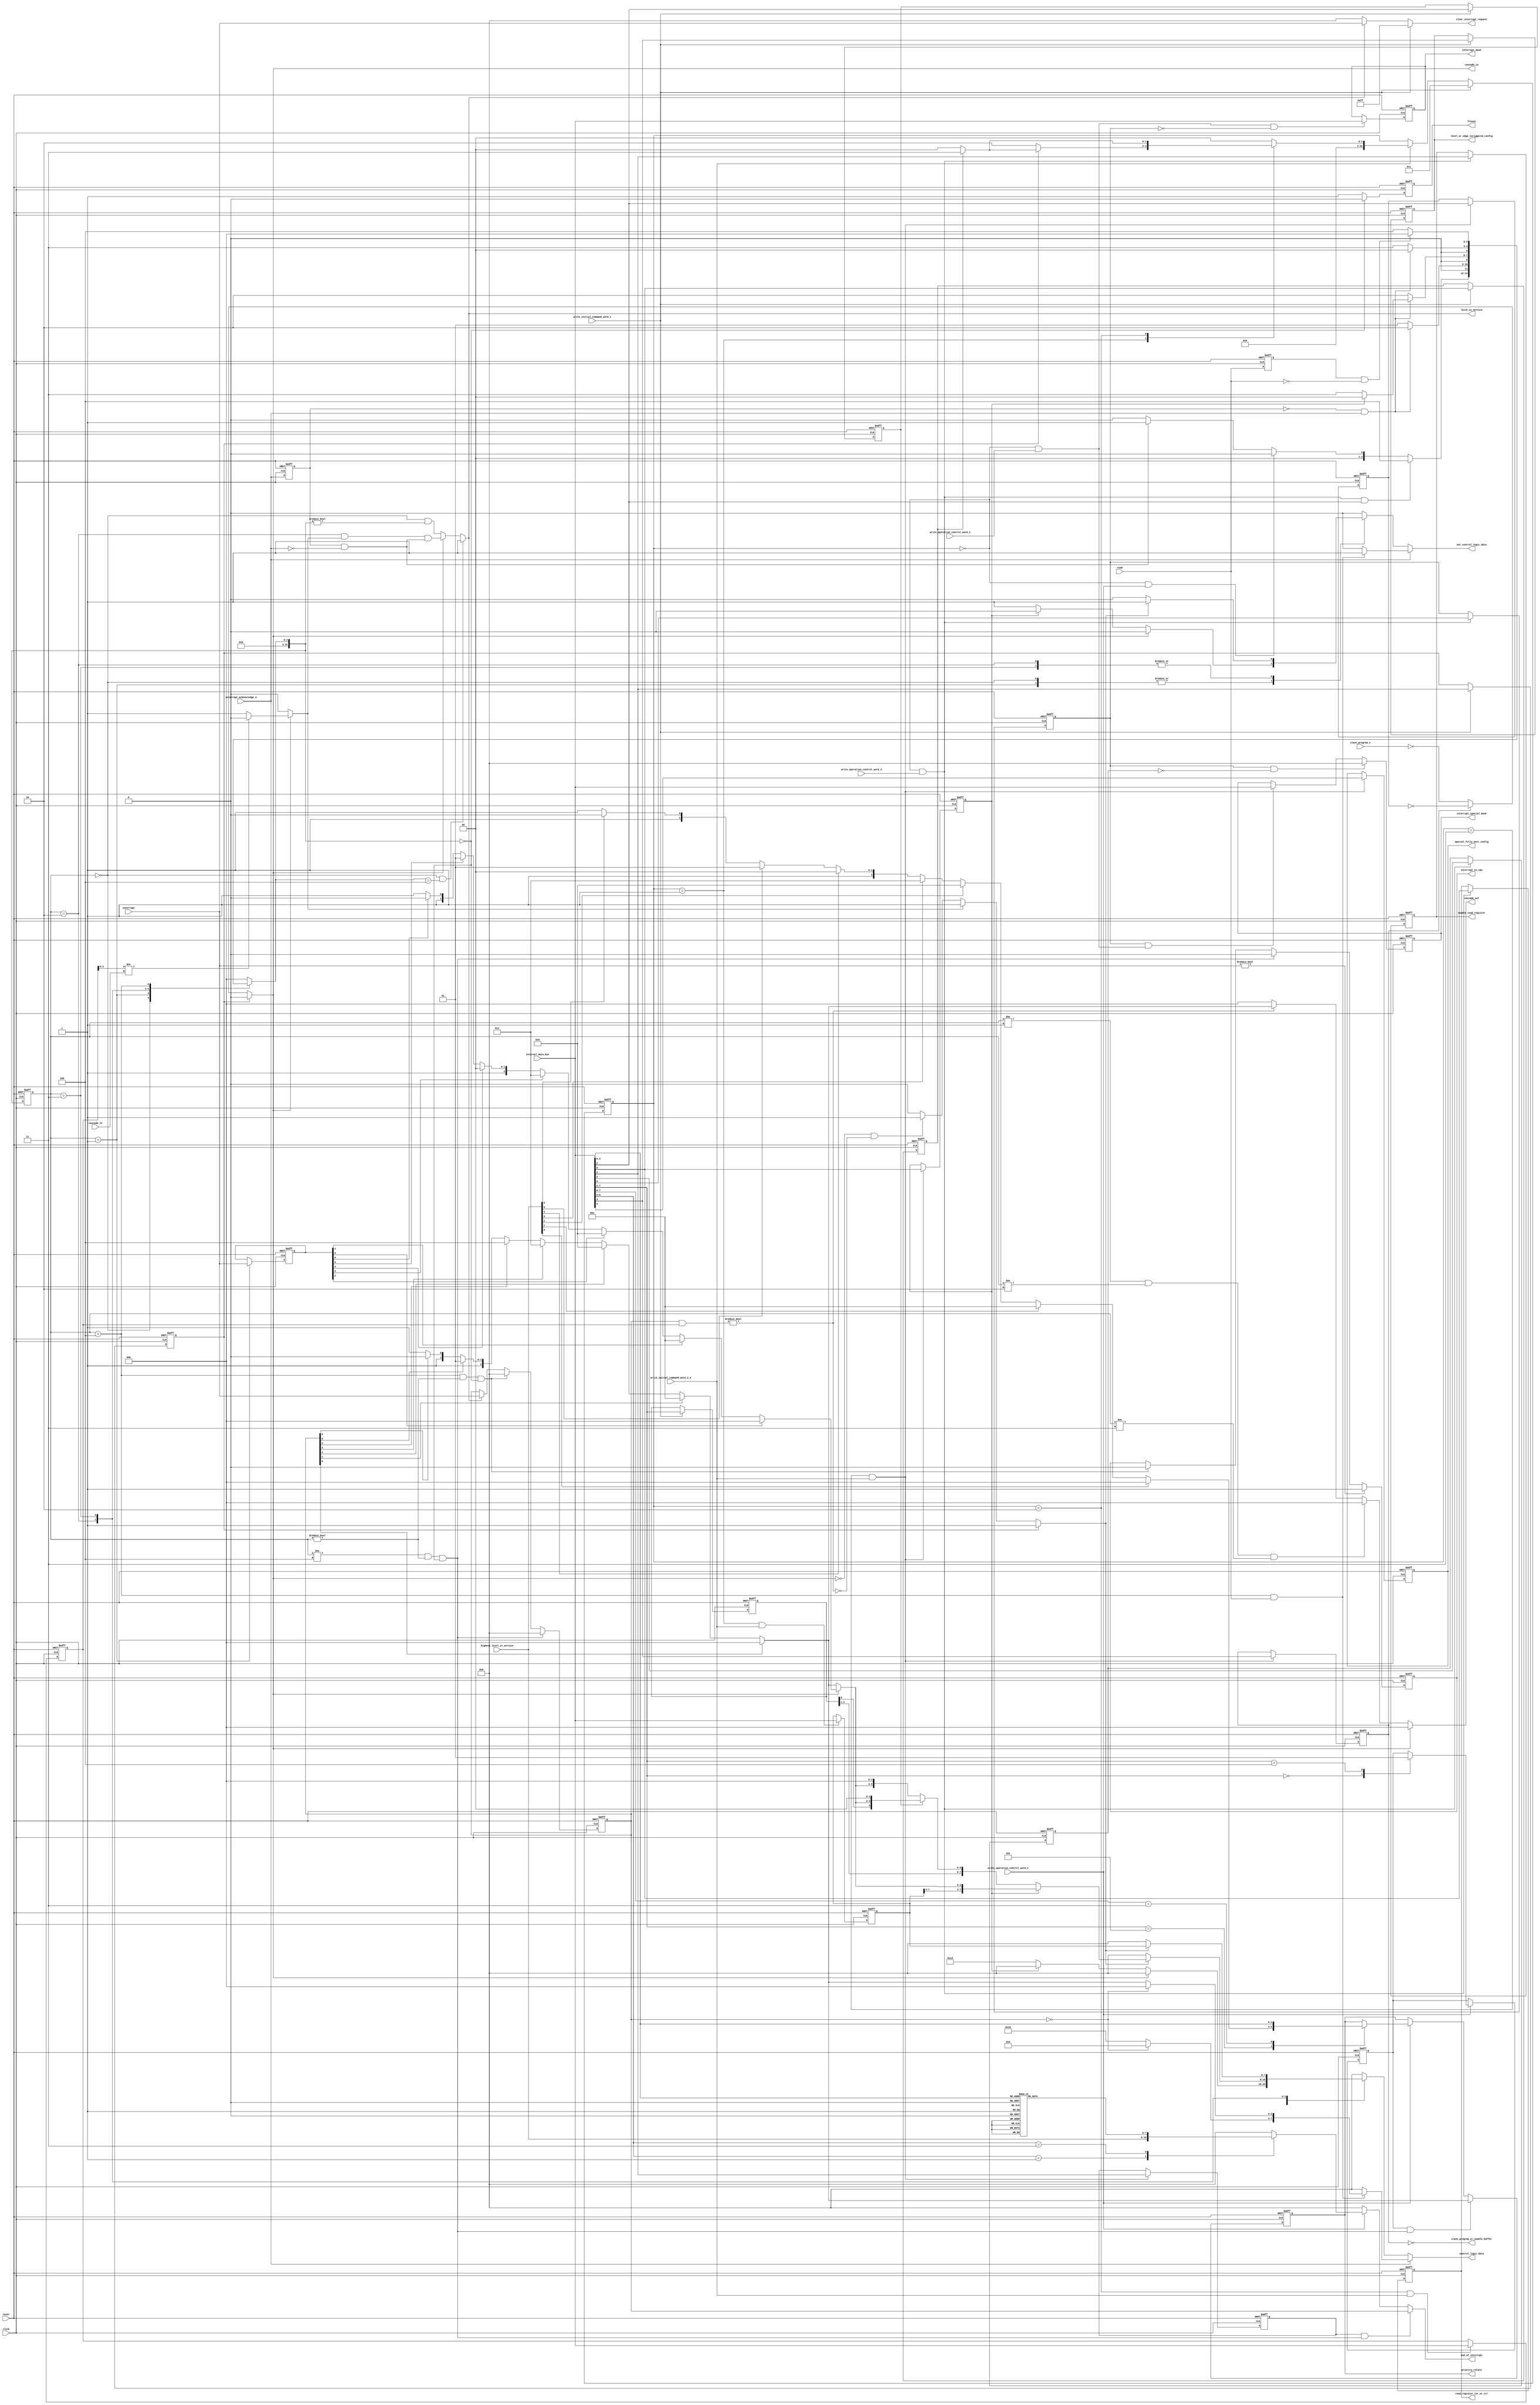
`default_nettype none

module KF8259_Control_Logic (
	input		wire					clock,
	input		wire					reset,
	input		wire	[2:0]			cascade_in,
	output	reg	[2:0]			cascade_out,
	output	wire					cascade_io,
	input		wire					slave_program_n,
	output	wire					slave_program_or_enable_buffer,
	input		wire					interrupt_acknowledge_n,
	output	reg					interrupt_to_cpu,
	input		wire	[7:0]			internal_data_bus,
	input		wire					write_initial_command_word_1,
	input		wire					write_initial_command_word_2_4,
	input		wire					write_operation_control_word_1,
	input		wire					write_operation_control_word_2,
	input		wire					write_operation_control_word_3,
	input		wire					read,
	output	reg					out_control_logic_data,
	output	reg	[7:0]			control_logic_data,
	output	reg					level_or_edge_toriggered_config,
	output	reg					special_fully_nest_config,
	output	reg					enable_read_register,
	output	reg					read_register_isr_or_irr,
	input		wire	[7:0]			interrupt,
	input		wire	[7:0]			highest_level_in_service,
	output	reg	[7:0]			interrupt_mask,
	output	reg	[7:0]			interrupt_special_mask,
	output	reg	[7:0]			end_of_interrupt,
	output	reg	[2:0]			priority_rotate,
	output	reg					freeze,
	output	reg					latch_in_service,
	output	reg	[7:0]			clear_interrupt_request
	);

	reg [10:0] interrupt_vector_address;
	reg call_address_interval_4_or_8_config;
	reg single_or_cascade_config;
	reg set_icw4_config;
	reg [7:0] cascade_device_config;
	reg buffered_mode_config;
	reg buffered_master_or_slave_config;
	reg auto_eoi_config;
	reg u8086_or_mcs80_config;
	reg special_mask_mode;
	reg enable_special_mask_mode;
	reg auto_rotate_mode;
	reg [7:0] acknowledge_interrupt;
	reg cascade_slave;
	reg cascade_slave_enable;
	reg cascade_output_ack_2_3;
	reg [31:0] command_state;
	reg [31:0] next_command_state;
	always @(*)
		if (write_initial_command_word_1 == 1'b1)
			next_command_state = 32'd1;
		else if (write_initial_command_word_2_4 == 1'b1)
			casez (command_state)
				32'd1:
					if (single_or_cascade_config == 1'b0)
						next_command_state = 32'd2;
					else if (set_icw4_config == 1'b1)
						next_command_state = 32'd3;
					else
						next_command_state = 32'd0;
				32'd2:
					if (set_icw4_config == 1'b1)
						next_command_state = 32'd3;
					else
						next_command_state = 32'd0;
				32'd3: next_command_state = 32'd0;
				default: next_command_state = 32'd0;
			endcase
		else
			next_command_state = command_state;
	always @(posedge clock or posedge reset)
		if (reset)
			command_state <= 32'd0;
		else
			command_state <= next_command_state;
	wire write_initial_command_word_2 = (command_state == 32'd1) & write_initial_command_word_2_4;
	wire write_initial_command_word_3 = (command_state == 32'd2) & write_initial_command_word_2_4;
	wire write_initial_command_word_4 = (command_state == 32'd3) & write_initial_command_word_2_4;
	wire write_operation_control_word_1_registers = (command_state == 32'd0) & write_operation_control_word_1;
	wire write_operation_control_word_2_registers = (command_state == 32'd0) & write_operation_control_word_2;
	wire write_operation_control_word_3_registers = (command_state == 32'd0) & write_operation_control_word_3;
	reg [31:0] next_control_state;
	reg [31:0] control_state;
	reg prev_interrupt_acknowledge_n;
	always @(posedge clock or posedge reset)
		if (reset)
			prev_interrupt_acknowledge_n <= 1'b1;
		else
			prev_interrupt_acknowledge_n <= interrupt_acknowledge_n;
	wire nedge_interrupt_acknowledge = prev_interrupt_acknowledge_n & ~interrupt_acknowledge_n;
	wire pedge_interrupt_acknowledge = ~prev_interrupt_acknowledge_n & interrupt_acknowledge_n;
	reg prev_read_signal;
	always @(posedge clock or posedge reset)
		if (reset)
			prev_read_signal <= 1'b0;
		else
			prev_read_signal <= read;
	wire nedge_read_signal = prev_read_signal & ~read;
	always @(*)
		casez (control_state)
			32'd0:
				if ((write_operation_control_word_3_registers == 1'b1) && (internal_data_bus[2] == 1'b1))
					next_control_state = 32'd4;
				else if (write_operation_control_word_2_registers == 1'b1)
					next_control_state = 32'd0;
				else if (nedge_interrupt_acknowledge == 1'b0)
					next_control_state = 32'd0;
				else
					next_control_state = 32'd1;
			32'd1:
				if (pedge_interrupt_acknowledge == 1'b0)
					next_control_state = 32'd1;
				else
					next_control_state = 32'd2;
			32'd2:
				if (pedge_interrupt_acknowledge == 1'b0)
					next_control_state = 32'd2;
				else if (u8086_or_mcs80_config == 1'b0)
					next_control_state = 32'd3;
				else
					next_control_state = 32'd0;
			32'd3:
				if (pedge_interrupt_acknowledge == 1'b0)
					next_control_state = 32'd3;
				else
					next_control_state = 32'd0;
			32'd4:
				if (nedge_read_signal == 1'b0)
					next_control_state = 32'd4;
				else
					next_control_state = 32'd0;
			default: next_control_state = 32'd0;
		endcase
	always @(posedge clock or posedge reset)
		if (reset)
			control_state <= 32'd0;
		else
			control_state <= next_control_state;
	always @(*)
		if ((control_state == 32'd0) && (next_control_state == 32'd4))
			latch_in_service = 1'b1;
		else if (cascade_slave == 1'b0)
			latch_in_service = (control_state == 32'd0) & (next_control_state != 32'd0);
		else
			latch_in_service = ((control_state == 32'd2) & (cascade_slave_enable == 1'b1)) & (nedge_interrupt_acknowledge == 1'b1);
	wire end_of_acknowledge_sequence = ((control_state != 32'd4) & (control_state != 32'd0)) & (next_control_state == 32'd0);
	wire end_of_poll_command = ((control_state == 32'd4) & (control_state != 32'd0)) & (next_control_state == 32'd0);
	always @(posedge clock or posedge reset)
		if (reset)
			interrupt_vector_address[2:0] <= 3'b000;
		else if (write_initial_command_word_1 == 1'b1)
			interrupt_vector_address[2:0] <= internal_data_bus[7:5];
		else
			interrupt_vector_address[2:0] <= interrupt_vector_address[2:0];
	always @(posedge clock or posedge reset)
		if (reset)
			level_or_edge_toriggered_config <= 1'b0;
		else if (write_initial_command_word_1 == 1'b1)
			level_or_edge_toriggered_config <= internal_data_bus[3];
		else
			level_or_edge_toriggered_config <= level_or_edge_toriggered_config;
	always @(posedge clock or posedge reset)
		if (reset)
			call_address_interval_4_or_8_config <= 1'b0;
		else if (write_initial_command_word_1 == 1'b1)
			call_address_interval_4_or_8_config <= internal_data_bus[2];
		else
			call_address_interval_4_or_8_config <= call_address_interval_4_or_8_config;
	always @(posedge clock or posedge reset)
		if (reset)
			single_or_cascade_config <= 1'b0;
		else if (write_initial_command_word_1 == 1'b1)
			single_or_cascade_config <= internal_data_bus[1];
		else
			single_or_cascade_config <= single_or_cascade_config;
	always @(posedge clock or posedge reset)
		if (reset)
			set_icw4_config <= 1'b0;
		else if (write_initial_command_word_1 == 1'b1)
			set_icw4_config <= internal_data_bus[0];
		else
			set_icw4_config <= set_icw4_config;
	always @(posedge clock or posedge reset)
		if (reset)
			interrupt_vector_address[10:3] <= 3'b000;
		else if (write_initial_command_word_2 == 1'b1)
			interrupt_vector_address[10:3] <= internal_data_bus;
		else
			interrupt_vector_address[10:3] <= interrupt_vector_address[10:3];
	always @(posedge clock or posedge reset)
		if (reset)
			cascade_device_config <= 8'b00000000;
		else if (write_initial_command_word_3 == 1'b1)
			cascade_device_config <= internal_data_bus;
		else
			cascade_device_config <= cascade_device_config;
	always @(posedge clock or posedge reset)
		if (reset)
			special_fully_nest_config <= 1'b0;
		else if (write_initial_command_word_4 == 1'b1)
			special_fully_nest_config <= internal_data_bus[4];
		else
			special_fully_nest_config <= special_fully_nest_config;
	always @(posedge clock or posedge reset)
		if (reset)
			buffered_mode_config <= 1'b0;
		else if (write_initial_command_word_4 == 1'b1)
			buffered_mode_config <= internal_data_bus[3];
		else
			buffered_mode_config <= buffered_mode_config;
	assign slave_program_or_enable_buffer = ~buffered_mode_config;
	always @(posedge clock or posedge reset)
		if (reset)
			buffered_master_or_slave_config <= 1'b0;
		else if (write_initial_command_word_4 == 1'b1)
			buffered_master_or_slave_config <= internal_data_bus[2];
		else
			buffered_master_or_slave_config <= buffered_master_or_slave_config;
	always @(posedge clock or posedge reset)
		if (reset)
			auto_eoi_config <= 1'b0;
		else if (write_initial_command_word_4 == 1'b1)
			auto_eoi_config <= internal_data_bus[1];
		else
			auto_eoi_config <= auto_eoi_config;
	always @(posedge clock or posedge reset)
		if (reset)
			u8086_or_mcs80_config <= 1'b0;
		else if (write_initial_command_word_4 == 1'b1)
			u8086_or_mcs80_config <= internal_data_bus[0];
		else
			u8086_or_mcs80_config <= u8086_or_mcs80_config;
	always @(posedge clock or posedge reset)
		if (reset)
			interrupt_mask <= 8'b11111111;
		else if ((write_operation_control_word_1_registers == 1'b1) && (enable_special_mask_mode == 1'b0))
			interrupt_mask <= internal_data_bus;
		else
			interrupt_mask <= interrupt_mask;
	always @(posedge clock or posedge reset)
		if (reset)
			interrupt_special_mask <= 8'b00000000;
		else if ((enable_special_mask_mode == 1'b1) && (special_mask_mode == 1'b0))
			interrupt_special_mask <= 8'b00000000;
		else if ((enable_special_mask_mode == 1'b1) && (write_operation_control_word_1_registers == 1'b1))
			interrupt_special_mask <= internal_data_bus;
		else
			interrupt_special_mask <= interrupt_special_mask;
	function [7:0] KF8259_Common_Package_num2bit;
		input [2:0] source;
		casez (source)
			3'b000: KF8259_Common_Package_num2bit = 8'b00000001;
			3'b001: KF8259_Common_Package_num2bit = 8'b00000010;
			3'b010: KF8259_Common_Package_num2bit = 8'b00000100;
			3'b011: KF8259_Common_Package_num2bit = 8'b00001000;
			3'b100: KF8259_Common_Package_num2bit = 8'b00010000;
			3'b101: KF8259_Common_Package_num2bit = 8'b00100000;
			3'b110: KF8259_Common_Package_num2bit = 8'b01000000;
			3'b111: KF8259_Common_Package_num2bit = 8'b10000000;
			default: KF8259_Common_Package_num2bit = 8'b00000000;
		endcase
	endfunction
	always @(*)
		if ((auto_eoi_config == 1'b1) && (end_of_acknowledge_sequence == 1'b1))
			end_of_interrupt = acknowledge_interrupt;
		else if (write_operation_control_word_2 == 1'b1)
			casez (internal_data_bus[6:5])
				2'b01: end_of_interrupt = highest_level_in_service;
				2'b11: end_of_interrupt = KF8259_Common_Package_num2bit(internal_data_bus[2:0]);
				default: end_of_interrupt = 8'b00000000;
			endcase
		else
			end_of_interrupt = 8'b00000000;
	always @(posedge clock or posedge reset)
		if (reset)
			auto_rotate_mode <= 1'b0;
		else if (write_operation_control_word_2 == 1'b1)
			casez (internal_data_bus[7:5])
				3'b000: auto_rotate_mode <= 1'b0;
				3'b100: auto_rotate_mode <= 1'b1;
				default: auto_rotate_mode <= auto_rotate_mode;
			endcase
		else
			auto_rotate_mode <= auto_rotate_mode;
	function [2:0] KF8259_Common_Package_bit2num;
		input [7:0] source;
		if (source[0] == 1'b1)
			KF8259_Common_Package_bit2num = 3'b000;
		else if (source[1] == 1'b1)
			KF8259_Common_Package_bit2num = 3'b001;
		else if (source[2] == 1'b1)
			KF8259_Common_Package_bit2num = 3'b010;
		else if (source[3] == 1'b1)
			KF8259_Common_Package_bit2num = 3'b011;
		else if (source[4] == 1'b1)
			KF8259_Common_Package_bit2num = 3'b100;
		else if (source[5] == 1'b1)
			KF8259_Common_Package_bit2num = 3'b101;
		else if (source[6] == 1'b1)
			KF8259_Common_Package_bit2num = 3'b110;
		else if (source[7] == 1'b1)
			KF8259_Common_Package_bit2num = 3'b111;
		else
			KF8259_Common_Package_bit2num = 3'b111;
	endfunction
	always @(posedge clock or posedge reset)
		if (reset)
			priority_rotate <= 3'b111;
		else if ((auto_rotate_mode == 1'b1) && (end_of_acknowledge_sequence == 1'b1))
			priority_rotate <= KF8259_Common_Package_bit2num(acknowledge_interrupt);
		else if (write_operation_control_word_2 == 1'b1)
			casez (internal_data_bus[7:5])
				3'b101: priority_rotate <= KF8259_Common_Package_bit2num(highest_level_in_service);
				3'b11z: priority_rotate <= internal_data_bus[2:0];
				default: priority_rotate <= priority_rotate;
			endcase
		else
			priority_rotate <= priority_rotate;
	always @(posedge clock or posedge reset)
		if (reset) begin
			enable_special_mask_mode <= 1'b0;
			special_mask_mode <= 1'b0;
		end
		else if (write_operation_control_word_3_registers == 1'b1) begin
			enable_special_mask_mode <= internal_data_bus[6];
			special_mask_mode <= internal_data_bus[5];
		end
		else begin
			enable_special_mask_mode <= enable_special_mask_mode;
			special_mask_mode <= special_mask_mode;
		end
	always @(posedge clock or posedge reset)
		if (reset) begin
			enable_read_register <= 1'b1;
			read_register_isr_or_irr <= 1'b0;
		end
		else if (write_operation_control_word_3_registers == 1'b1) begin
			enable_read_register <= internal_data_bus[1];
			read_register_isr_or_irr <= internal_data_bus[0];
		end
		else begin
			enable_read_register <= enable_read_register;
			read_register_isr_or_irr <= read_register_isr_or_irr;
		end
	always @(*)
		if (single_or_cascade_config == 1'b1)
			cascade_slave = 1'b0;
		else if (buffered_mode_config == 1'b0)
			cascade_slave = ~slave_program_n;
		else
			cascade_slave = ~buffered_master_or_slave_config;
	assign cascade_io = cascade_slave;
	always @(*)
		if (cascade_slave == 1'b0)
			cascade_slave_enable = 1'b0;
		else if (cascade_device_config[2:0] != cascade_in)
			cascade_slave_enable = 1'b0;
		else
			cascade_slave_enable = 1'b1;
	wire interrupt_from_slave_device = (acknowledge_interrupt & cascade_device_config) != 8'b00000000;
	always @(*)
		if (single_or_cascade_config == 1'b1)
			cascade_output_ack_2_3 = 1'b1;
		else if (cascade_slave_enable == 1'b1)
			cascade_output_ack_2_3 = 1'b1;
		else if ((cascade_slave == 1'b0) && (interrupt_from_slave_device == 1'b0))
			cascade_output_ack_2_3 = 1'b1;
		else
			cascade_output_ack_2_3 = 1'b0;
	always @(*)
		if (cascade_slave == 1'b1)
			cascade_out <= 3'b000;
		else if (((control_state != 32'd1) && (control_state != 32'd2)) && (control_state != 32'd3))
			cascade_out <= 3'b000;
		else if (interrupt_from_slave_device == 1'b0)
			cascade_out <= 3'b000;
		else
			cascade_out <= KF8259_Common_Package_bit2num(acknowledge_interrupt);
	always @(posedge clock or posedge reset)
		if (reset)
			interrupt_to_cpu <= 1'b0;
		else if (interrupt != 8'b00000000)
			interrupt_to_cpu <= 1'b1;
		else if (end_of_acknowledge_sequence == 1'b1)
			interrupt_to_cpu <= 1'b0;
		else if (end_of_poll_command == 1'b1)
			interrupt_to_cpu <= 1'b0;
		else
			interrupt_to_cpu <= interrupt_to_cpu;
	always @(posedge clock or posedge reset)
		if (reset)
			freeze <= 1'b1;
		else if (next_control_state == 32'd0)
			freeze <= 1'b0;
		else
			freeze <= 1'b1;
	always @(*)
		if (write_initial_command_word_1 == 1'b1)
			clear_interrupt_request = 8'b11111111;
		else if (latch_in_service == 1'b0)
			clear_interrupt_request = 8'b00000000;
		else
			clear_interrupt_request = interrupt;
	always @(posedge clock or posedge reset)
		if (reset)
			acknowledge_interrupt <= 8'b00000000;
		else if (end_of_acknowledge_sequence)
			acknowledge_interrupt <= 8'b00000000;
		else if (end_of_poll_command == 1'b1)
			acknowledge_interrupt <= 8'b00000000;
		else if (latch_in_service == 1'b1)
			acknowledge_interrupt <= interrupt;
		else
			acknowledge_interrupt <= acknowledge_interrupt;
	reg [7:0] interrupt_when_ack1;
	always @(posedge clock or posedge reset)
		if (reset)
			interrupt_when_ack1 <= 8'b00000000;
		else if (control_state == 32'd1)
			interrupt_when_ack1 <= interrupt;
		else
			interrupt_when_ack1 <= interrupt_when_ack1;
	always @(*)
		if (interrupt_acknowledge_n == 1'b0)
			casez (control_state)
				32'd0:
					if (cascade_slave == 1'b0) begin
						if (u8086_or_mcs80_config == 1'b0) begin
							out_control_logic_data = 1'b1;
							control_logic_data = 8'b11001101;
						end
						else begin
							out_control_logic_data = 1'b0;
							control_logic_data = 8'b00000000;
						end
					end
					else begin
						out_control_logic_data = 1'b0;
						control_logic_data = 8'b00000000;
					end
				32'd1:
					if (cascade_slave == 1'b0) begin
						if (u8086_or_mcs80_config == 1'b0) begin
							out_control_logic_data = 1'b1;
							control_logic_data = 8'b11001101;
						end
						else begin
							out_control_logic_data = 1'b0;
							control_logic_data = 8'b00000000;
						end
					end
					else begin
						out_control_logic_data = 1'b0;
						control_logic_data = 8'b00000000;
					end
				32'd2:
					if (cascade_output_ack_2_3 == 1'b1) begin
						out_control_logic_data = 1'b1;
						if (cascade_slave == 1'b1)
							control_logic_data[2:0] = KF8259_Common_Package_bit2num(interrupt_when_ack1);
						else
							control_logic_data[2:0] = KF8259_Common_Package_bit2num(acknowledge_interrupt);
						if (u8086_or_mcs80_config == 1'b0) begin
							if (call_address_interval_4_or_8_config == 1'b0)
								control_logic_data = {interrupt_vector_address[2:1], control_logic_data[2:0], 3'b000};
							else
								control_logic_data = {interrupt_vector_address[2:0], control_logic_data[2:0], 2'b00};
						end
						else
							control_logic_data = {interrupt_vector_address[10:6], control_logic_data[2:0]};
					end
					else begin
						out_control_logic_data = 1'b0;
						control_logic_data = 8'b00000000;
					end
				32'd3:
					if (cascade_output_ack_2_3 == 1'b1) begin
						out_control_logic_data = 1'b1;
						control_logic_data = interrupt_vector_address[10:3];
					end
					else begin
						out_control_logic_data = 1'b0;
						control_logic_data = 8'b00000000;
					end
				default: begin
					out_control_logic_data = 1'b0;
					control_logic_data = 8'b00000000;
				end
			endcase
		else if ((control_state == 32'd4) && (read == 1'b1)) begin
			out_control_logic_data = 1'b1;
			if (acknowledge_interrupt == 8'b00000000)
				control_logic_data = 8'b00000000;
			else begin
				control_logic_data[7:3] = 5'b10000;
				control_logic_data[2:0] = KF8259_Common_Package_bit2num(acknowledge_interrupt);
			end
		end
		else begin
			out_control_logic_data = 1'b0;
			control_logic_data = 8'b00000000;
		end
endmodule